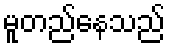
မူတည်နေသည်